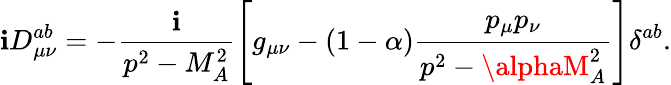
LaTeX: \mathbf{i}D_{\mu\nu}^{ab}=-\frac{\mathbf{i}}{{p^{2}-M_{A}^{2}}}\left[g_{\mu\nu}-(1-\alpha)\frac{{p_{\mu}p_{\nu}}}{{p^{2}-\alphaM_{A}^{2}}}\right]\delta^{ab}.